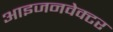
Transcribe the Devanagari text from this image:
आइजनवेक्टर